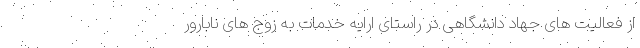
از فعالیت های جهاد دانشگاهی در راستای ارایه خدمات به زوج های نابارور